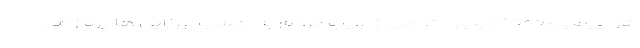
هواپیمایی ۸۰۰۰میلیارد تومان از جیب مردم به حساب ایرلاین ها پرواز می